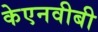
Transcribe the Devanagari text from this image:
केएनवीबी